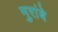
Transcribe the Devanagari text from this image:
मुरांबे